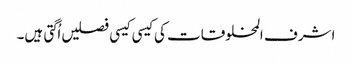
اشرف المخلوقات کی کیسی کیسی فصلیں اُگتی ہیں۔